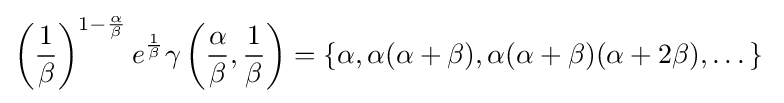
\left({\frac {1}{\beta }}\right)^{1-{\frac {\alpha }{\beta }}}e^{\frac {1}{\beta }}\gamma \left({\frac {\alpha }{\beta }},{\frac {1}{\beta }}\right)=\{{\alpha },\alpha (\alpha +\beta ),\alpha (\alpha +\beta )(\alpha +2\beta ),\dots \}\;